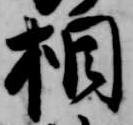
相